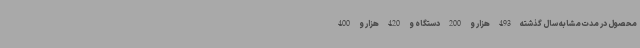
محصول در مدت مشابه سال گذشته 493 هزار و 200 دستگاه و 420 هزار و 400